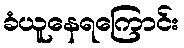
ခံယူနေရကြောင်း